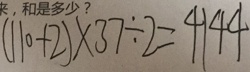
( 1 1 0 + 2 ) \times 3 7 \div 2 = 4 1 4 4